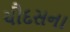
ચૌદસના